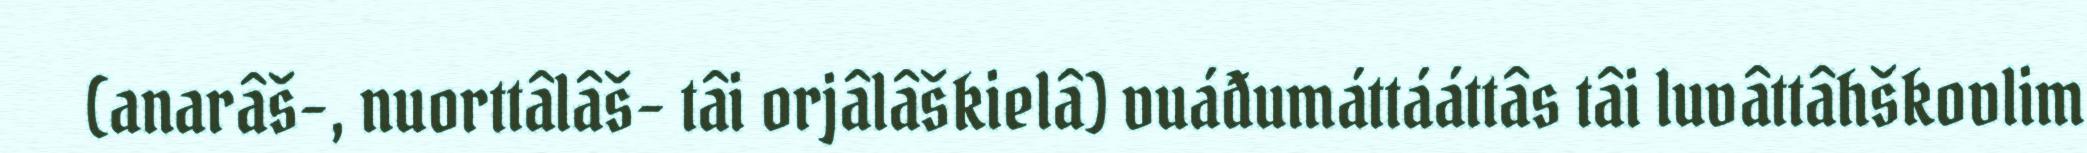
(anarâš-, nuorttâlâš- tâi orjâlâškielâ) vuáđumáttááttâs tâi luvâttâhškovlim